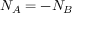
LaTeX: N _ { A } = - N _ { B }